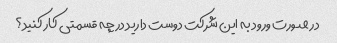
در صورت ورود به این شرکت دوست دارید در چه قسمتی کار کنید؟